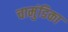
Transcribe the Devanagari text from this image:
चामुंडिका